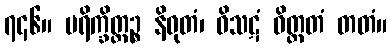
၇၄၆။ ပရိက္ခိတ္တဉ္စ နိဝုတံ၊ ဝိသဋံ ဝိတ္ထတံ တတံ။